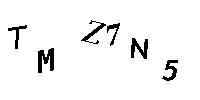
TMZ7N5